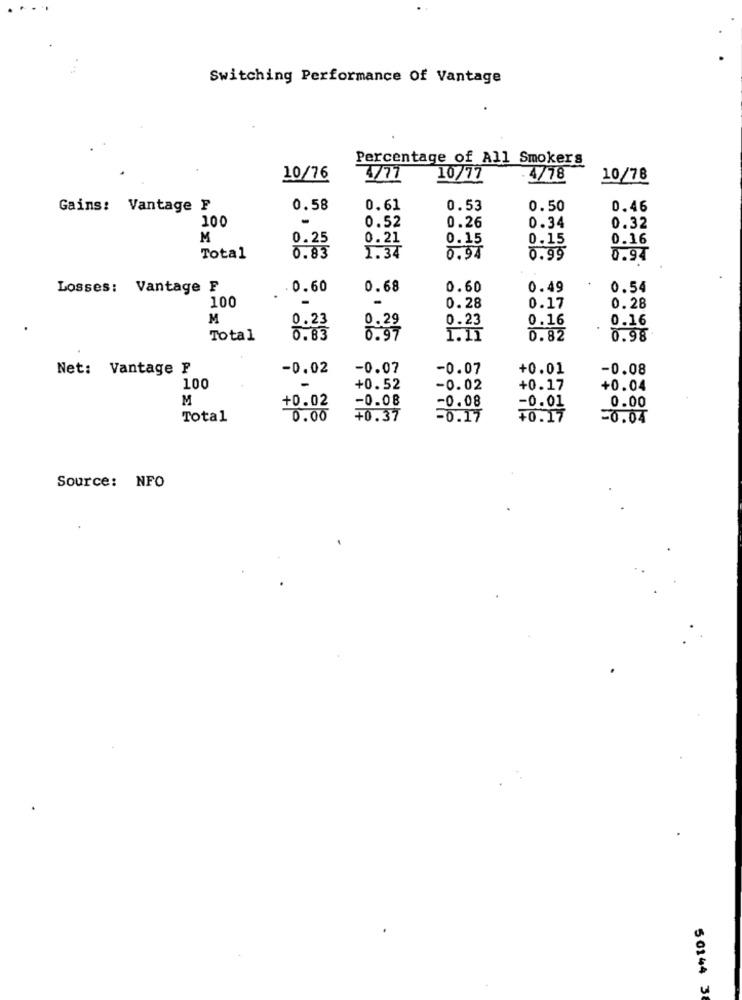
Switching Performance Of Vantage
Percentage of All Smokers
10/76
4777
10/77
.4/78
10/78
Gains: Vantage F
0.58
0.61
0.53
0.50
0.46
100
0.52
0.34
0.26
0.32
M
0.25
0.21
0.15
0.15
0.16
Total
0.83
1.34
0.94
0.99
0.94
Losses: Vantage F
. 0.60
0.68
0.60
0.49
0.54
100
0.28
0.17
0.28
M
0.23
0.29
0.16
0.16
.
0.23
Total
0.83
0: 97
1.11
0.82
0.98
Net: Vantage F
-0.02
-0.07
-0.07
+0.01
-0.08
100
+0.52
-0.02
+0.17
+0.04
M
-0.08
-0.08
0.00
+0.02
-0.01
Total
0.00
+0.37
-0.17
+0.17
-0.04
Source: NFO
50144 38